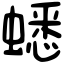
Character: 蟋